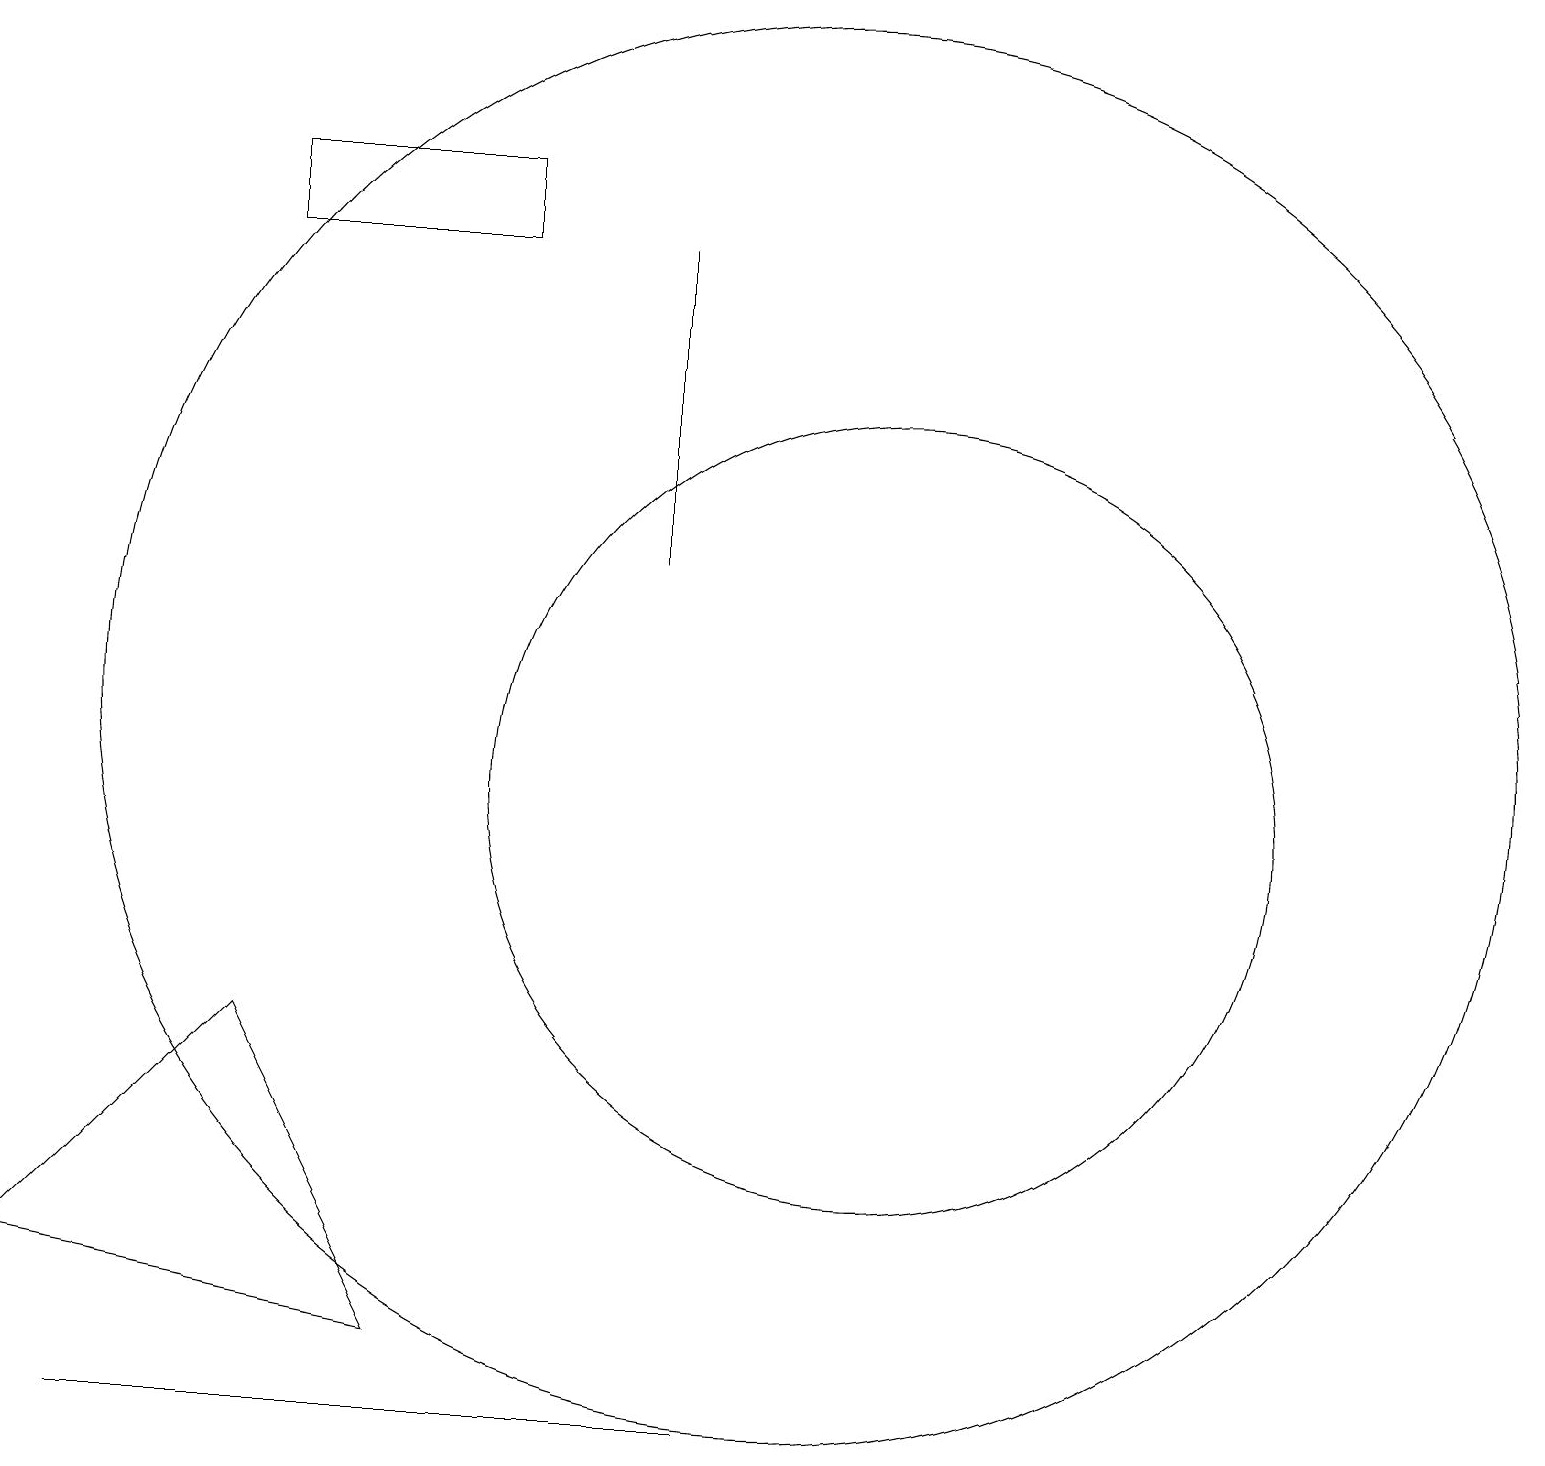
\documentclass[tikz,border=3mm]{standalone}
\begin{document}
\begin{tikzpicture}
\draw (10,11) circle (9);
\draw (11,10) circle (5);
\draw (0,4) -- (3,7) -- (5,3) -- cycle;
\draw (8,17) rectangle (8,13);
\draw (9,2) -- (1,2) -- (6,2) -- cycle;
\draw (10,12) circle (0);
\draw (6,18) rectangle (3,17);
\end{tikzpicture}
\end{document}